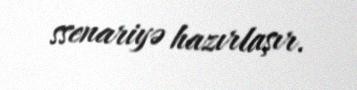
ssenariyə hazırlaşır.